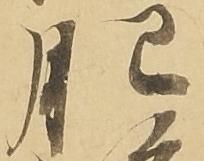
肥